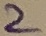
Text: 2